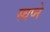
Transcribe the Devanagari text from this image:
स्वप्‍ने